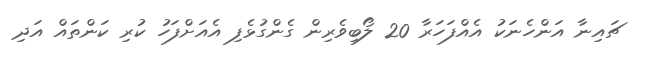
ޗައިނާ އަންހެނަކު އެއްފަހަރާ 20 ލޯބިވެރިން ގެންގުޅެފި އެއަށްފަހު ކުރި ކަންތައް އަދި